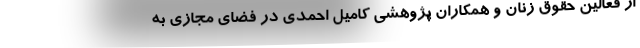
از فعالین حقوق زنان و همکاران پژوهشی کامیل احمدی در فضای مجازی به